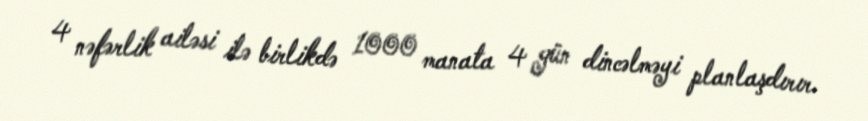
4 nəfərlik ailəsi ilə birlikdə 1000 manata 4 gün dincəlməyi planlaşdırır.